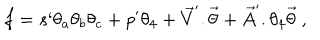
f = s ` \theta _ { a } \theta _ { b } \theta _ { c } + p ^ { \prime } \theta _ { 4 } + { \vec { V } } ^ { \prime } . { \vec { \theta } } + { \vec { A } } ^ { \prime } . \theta _ { 4 } { \vec { \theta } } \ ,